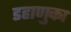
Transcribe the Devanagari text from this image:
डहाणुका